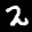
Label: 2